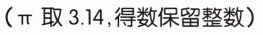
(π取3.14，得数保留整数)